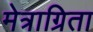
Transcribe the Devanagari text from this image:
मेत्राग्रिता